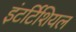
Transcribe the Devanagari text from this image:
इंटर्टिशियल